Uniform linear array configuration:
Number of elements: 64
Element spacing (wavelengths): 0.75
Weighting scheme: binomial
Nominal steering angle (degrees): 0
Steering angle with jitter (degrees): -0.7914
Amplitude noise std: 0.05
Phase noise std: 0.05

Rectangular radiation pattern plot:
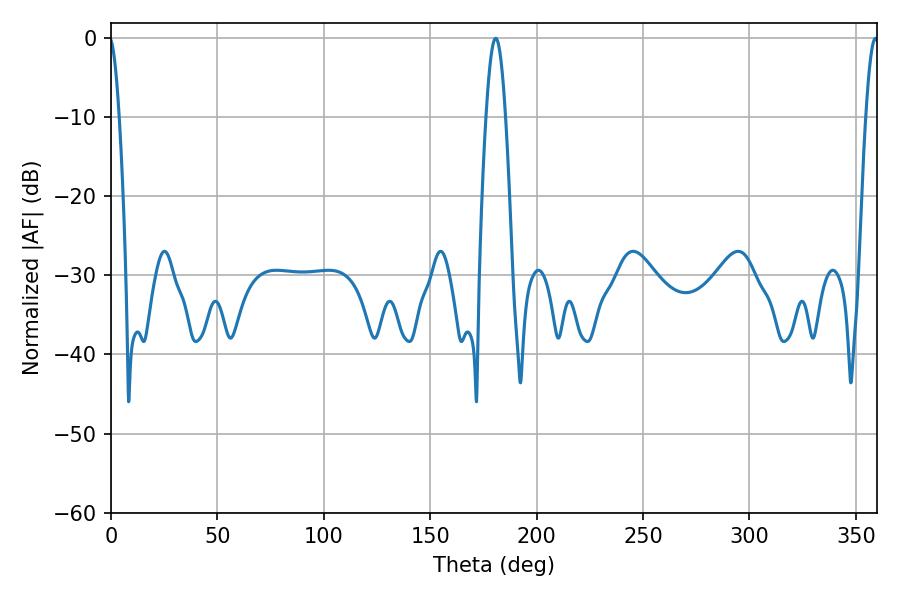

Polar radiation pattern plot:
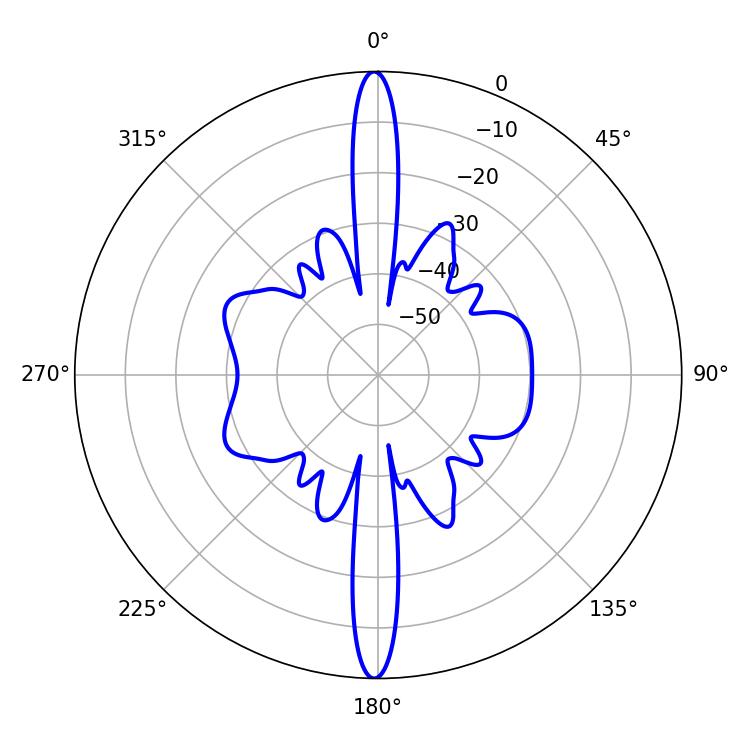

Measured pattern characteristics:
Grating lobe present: TRUE
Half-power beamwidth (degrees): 4.86
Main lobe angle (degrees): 180.72